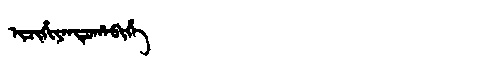
Manchu: ᡳᠴᡳᡥᡳᠶᠠᠨᡩᡠᡥᠠᠪᡳᡥᡝ
Romanization: ICIHIYANDUHABIHE